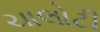
ચાલોટી